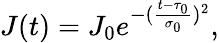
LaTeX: J(t)=J_{0}e^{-(\frac{t-\tau_{0}}{\sigma_{0}})^{2}},